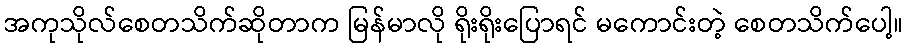
အကုသိုလ်စေတသိက်ဆိုတာက မြန်မာလို ရိုးရိုးပြောရင် မကောင်းတဲ့ စေတသိက်ပေါ့။